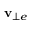
\mathbf { v } _ { \bot e }